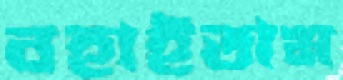
বহাইতাম